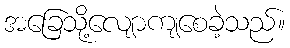
အခြေသို့လျောကျစေခဲ့သည်။